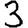
Digit: 3